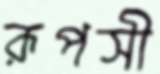
রূপসী